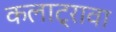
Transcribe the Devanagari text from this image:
कलाट्रावा